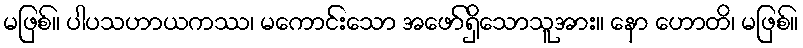
မဖြစ်။ ပါပသဟာယကဿ၊ မကောင်းသော အဖော်ရှိသောသူအား။ နော ဟောတိ၊ မဖြစ်။